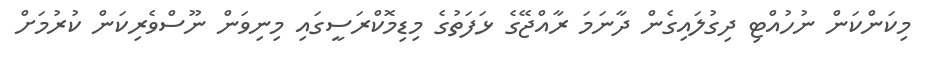
މިކަންކަން ނުހުއްޓި ދިގުލައިގެން ދާނަމަ ރާއްޖޭގެ ޅަފަތުގެ މިޑިމޮކްރަސީގައި މިނިވަން ނޫސްވެރިކަން ކުރުމަށް